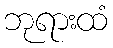
ဘုရားထံ